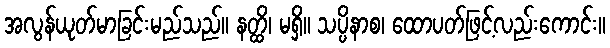
အလွန်ယုတ်မာခြင်းမည်သည်။ နတ္ထိ၊ မရှိ။ သပ္ပိနာစ၊ ထောပတ်ဖြင့်လည်းကောင်း။